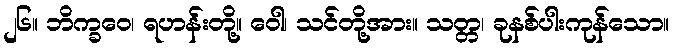
၂၆။ ဘိက္ခဝေ၊ ရဟန်းတို့။ ဝေါ၊ သင်တို့အား။ သတ္တ၊ ခုနစ်ပါးကုန်သော။